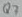
Text: Q7